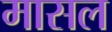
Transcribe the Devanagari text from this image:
मासल